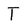
Character: T